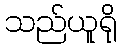
သည်ယူရို